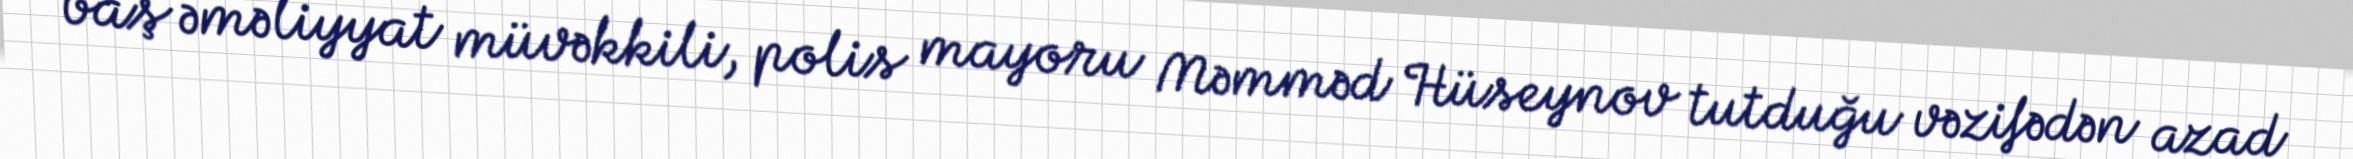
baş əməliyyat müvəkkili, polis mayoru Məmməd Hüseynov tutduğu vəzifədən azad